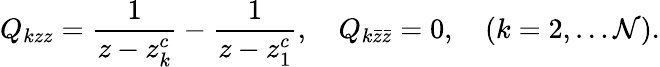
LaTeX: Q_{kzz}=\frac{1}{z-z_{k}^{c}}-\frac{1}{z-z_{1}^{c}},~~~~Q_{k\bar{z}\bar{z}}=0,~~~~(k=2,\dots{\cal N}).